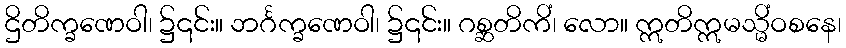
ဌိတိက္ခဏေဝါ၊ ၌၎င်း။ ဘင်္ဂက္ခဏေဝါ၊ ၌၎င်း။ ဂစ္ဆတိကိံ၊ လော။ ဣတိဣမသ္မိံဝစနေ၊